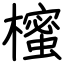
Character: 櫁